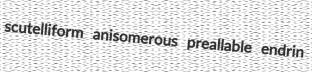
scutelliform anisomerous preallable endrin